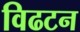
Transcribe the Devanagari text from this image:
विढटन